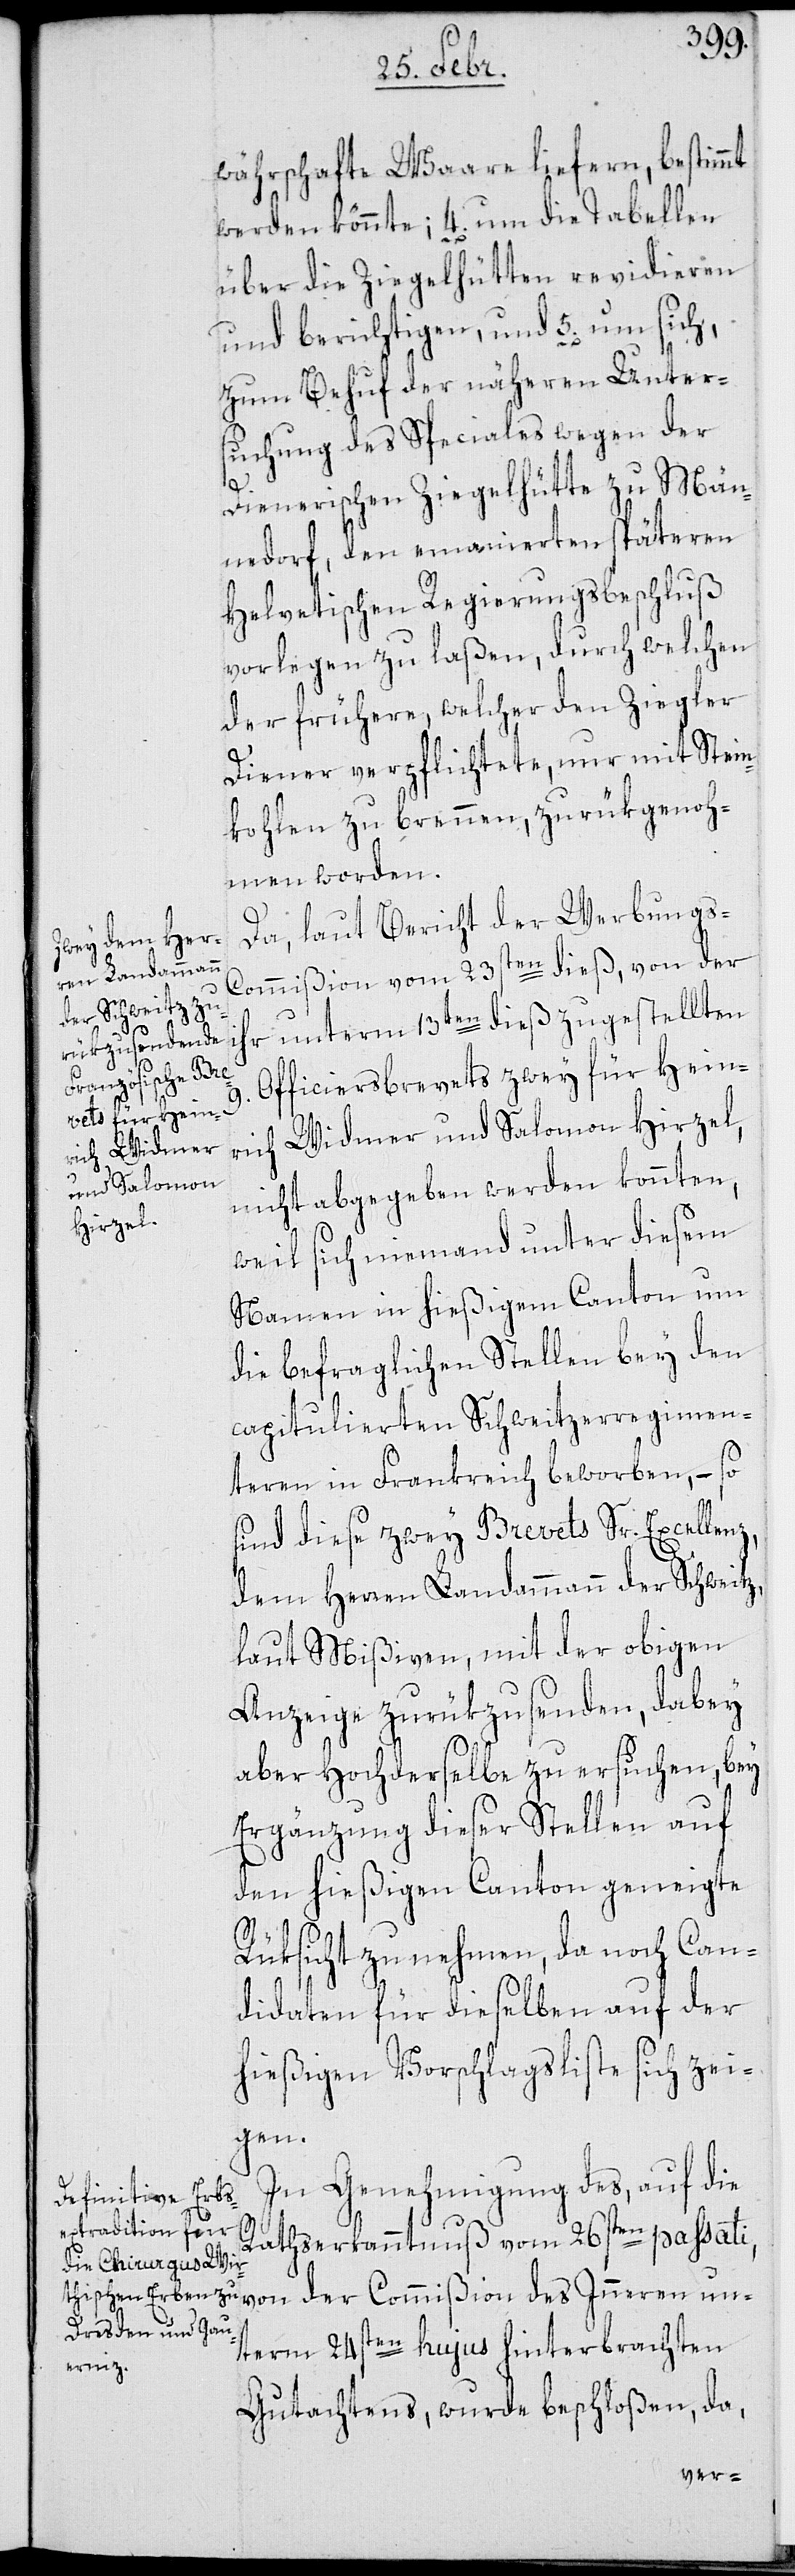
un¬
währschafte Waare liefern, bestimmt
werden könnte; 4. um die Tabellen
über die Ziegelhütten revidieren
und berichtigen; und 5. um sich,
zum Behuf der näheren Unter¬
suchung des Speciales wegen der
Dienerischen Ziegelhütte zu Män¬
nedorf, den emanierten späteren
Helvetischen Regierungsbeschluß
vorlegen zu laßen, durch welchen
der frühere, welcher den Ziegler
Diener verpflichtete, nur mit Stein¬
kohlen zu brennen, zurükgenoh¬
men worden.
Da, laut Bericht der Werbungs-C¬
ommißion vom 23sten dieß, von der
ihr unterm 13ten dieß zugestellten
Commißion des
Officiersbrevets zwey für Hein¬
9.
Widmer und Salomon Hirzel,
rich
nicht abgegeben werden konnten,
weil sich niemand unter diesem
Namen in hießigem Canton um
die befraglichen Stellen bey den
capitulierten Schweitzerregimen¬
teren in Frankreich beworben, – so
sind diese zwey Brevets Sr. Excellenz,
dem Herren Landammann der Schweitz ,
laut Mißiven, mit der obigen
Anzeige zurükzusenden, dabey
aber Hochderselbe zu ersuchen, bey
Ergänzung dieser Stellen auf
den hießigen Canton geneigte
Rüksicht zu nehmen, da noch Can¬
didaten für dieselben auf der
hießigen Vorschlagsliste sich zei¬
gen.
In Genehmigung des, auf die
Rathserkanntnuß vom 26sten passati,
term 24sten hujus hinterbrachten
Gutachtens, wurde beschloßen, da,